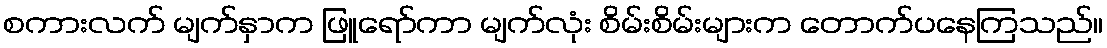
စကားလက် မျက်နှာက ဖြူရော်ကာ မျက်လုံး စိမ်းစိမ်းများက တောက်ပနေကြသည်။